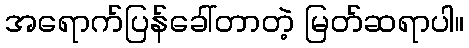
အရောက်ပြန်ခေါ်တာတဲ့ မြတ်ဆရာပါ။